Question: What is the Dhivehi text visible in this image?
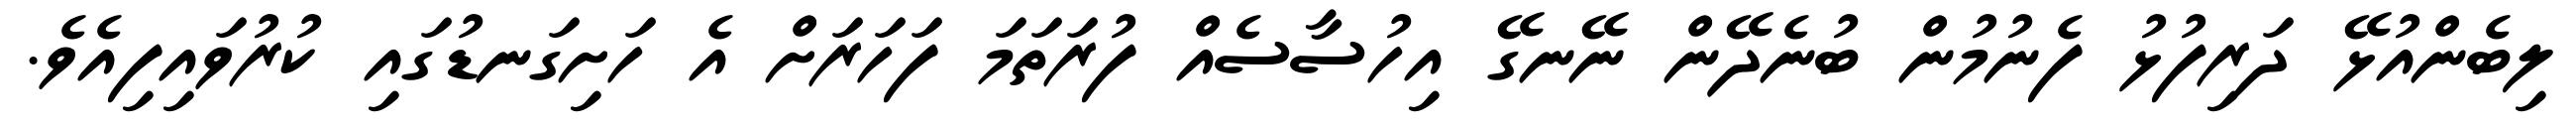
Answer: ލިބެންއުޅޭ ދަރިފުޅު ފެނުމުން ބުނެދޭން ނޭނގޭ އިހުސާސެއް ފުރަތަމަ ފަހަރަށް އެ ހަށިގަނޑުގައި ކުރުވައިފިއެވެ.